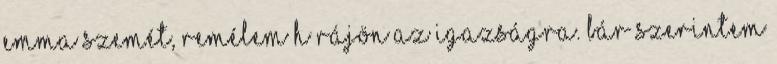
Emma szemét, remélem h rájön az igazságra. bár szerintem